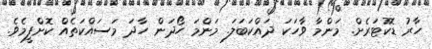
ހާރު ޑޮކުޓަރެށް. މަންމާ ވާހަކަ ދައްކަބަލަ. މަންމަ ހޯދަން ހާދަ މަސައްކަތެއް ކޮށްފީމެވެ.